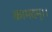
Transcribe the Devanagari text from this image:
कामदम्।।